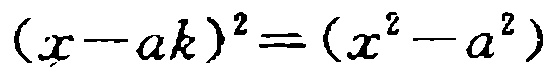
\((x - ak)^2=(x^{2}-a^{2})\)